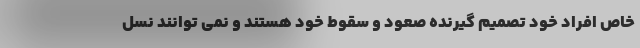
خاص افراد خود تصمیم گیرنده صعود و سقوط خود هستند و نمی توانند نسل